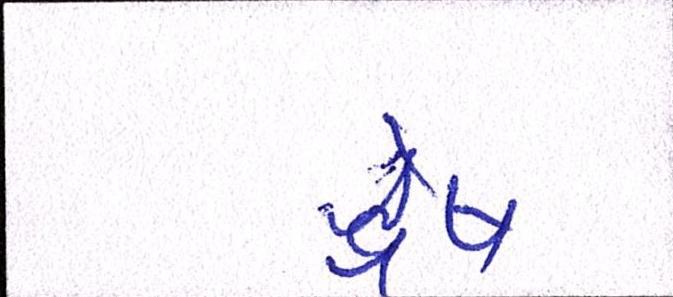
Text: દ્વેષ